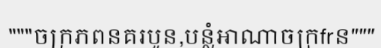
"""ចក្រភពនគរបួន,បន្លំអាណាចក្រfrន"""